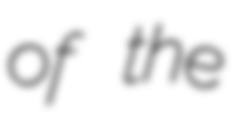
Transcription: of the